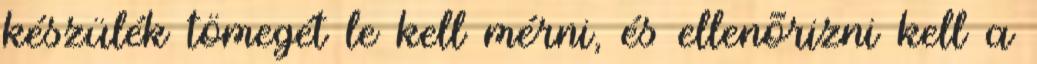
készülék tömegét le kell mérni, és ellenõrizni kell a